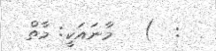
.  :  )   މާނައަކީ: މާތް